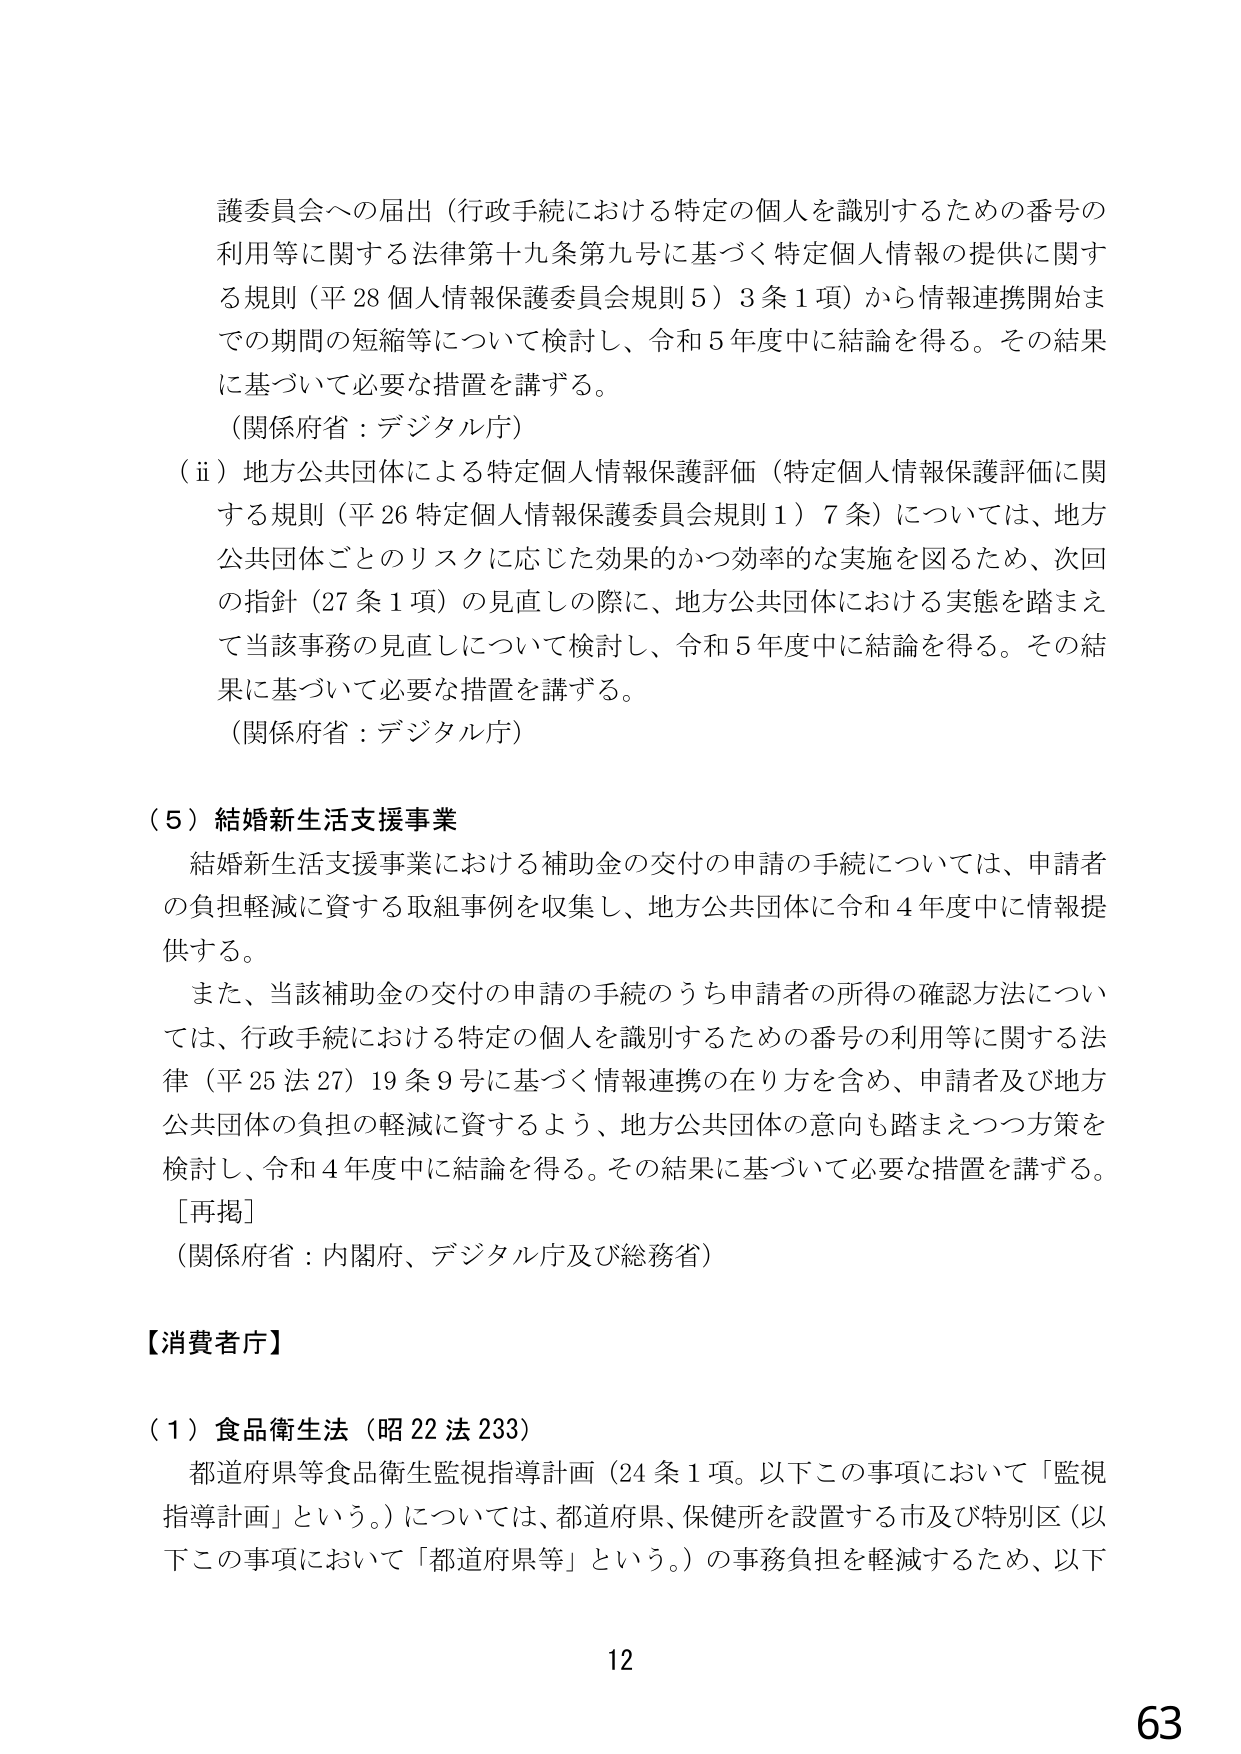
護委員会への届出（行政手続における特定の個人を識別するための番号の利用等に関する法律第十九条第九号に基づく特定個人情報の提供に関する規則（平28個人情報保護委員会規則5）3条1項）から情報連携開始までの期間の短縮等について検討し、令和5年度中に結論を得る。その結果に基づいて必要な措置を講ずる。

（関係府省：デジタル庁）

（ⅱ）地方公共団体による特定個人情報保護評価（特定個人情報保護評価に関する規則（平26特定個人情報保護委員会規則1）7条）については、地方公共団体ごとのリスクに応じた効果的かつ効率的な実施を図るため、次回の指針（27条1項）の見直しの際に、地方公共団体における実態を踏まえて当該事務の見直しについて検討し、令和5年度中に結論を得る。その結果に基づいて必要な措置を講ずる。

（関係府省：デジタル庁）

（５）結婚新生活支援事業

　結婚新生活支援事業における補助金の交付の申請の手続については、申請者の負担軽減に資する取組事例を収集し、地方公共団体に令和4年度中に情報提供する。

　また、当該補助金の交付の申請の手続のうち申請者の所得の確認方法については、行政手続における特定の個人を識別するための番号の利用等に関する法律（平25法27）19条9号に基づく情報連携の在り方を含め、申請者及び地方公共団体の負担の軽減に資するよう、地方公共団体の意向も踏まえつつ方策を検討し、令和4年度中に結論を得る。その結果に基づいて必要な措置を講ずる。

［再掲］

（関係府省：内閣府、デジタル庁及び総務省）

【消費者庁】

（１）食品衛生法（昭22法233）

　都道府県等食品衛生監視指導計画（24条1項。以下この事項において「監視指導計画」という。）については、都道府県、保健所を設置する市及び特別区（以下この事項において「都道府県等」という。）の事務負担を軽減するため、以下

12

63